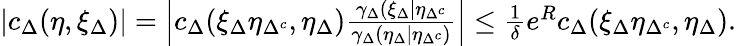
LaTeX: \begin{array}{r}{\left\lvert c_{\Delta}(\eta,\xi_{\Delta})\right\rvert=\left\lvert c_{\Delta}(\xi_{\Delta}\eta_{\Delta^{c}},\eta_{\Delta})\frac{\gamma_{\Delta}(\xi_{\Delta}\lvert\eta_{\Delta^{c}}}{\gamma_{\Delta}(\eta_{\Delta}\lvert\eta_{\Delta^{c}})}\right\rvert\leq\frac{1}{\delta}e^{R}c_{\Delta}(\xi_{\Delta}\eta_{\Delta^{c}},\eta_{\Delta}).}\end{array}